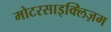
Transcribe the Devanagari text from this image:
मोटरसाइक्लिज़म